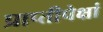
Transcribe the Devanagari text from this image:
प्राप्तीपेक्षां